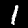
Digit: 1